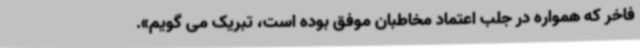
فاخر که همواره در جلب اعتماد مخاطبان موفق بوده است، تبریک می گویم».